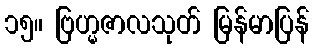
၁၅။ ဗြဟ္မဇာလသုတ် မြန်မာပြန်